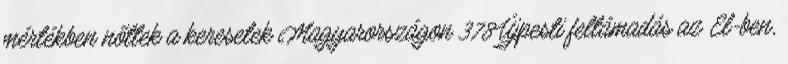
mértékben nőttek a keresetek Magyarországon 378Újpesti feltámadás az El-ben,